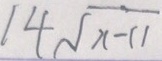
1 4 \sqrt { x - 1 1 }